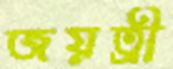
জয়ত্রী